Indian journal of veterinary science and animal husbandry - Volumes 26-27, 1956-1957
Year: 1956
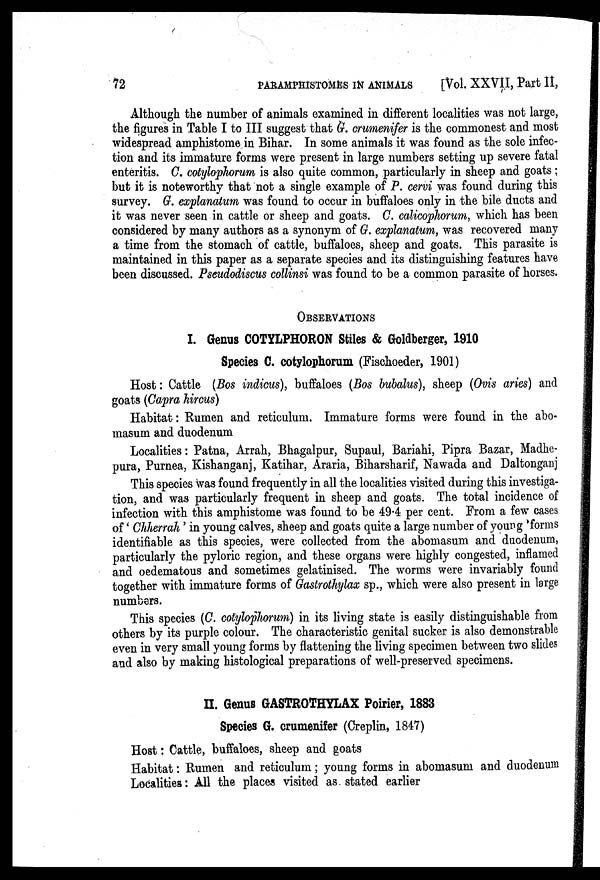
72
PARAMPHISTOMES
IN
ANIMALS
[Vol. XXVII, Part II,
Although the number of animals examined in different localities was not large,
the figures in Table I to III suggest that G. crumenifer is the commonest and most
widespread amphistome in Bihar. In some animals it was found as the sole infec-
tion and its immature forms were present in large numbers setting up severe fatal
enteritis. C. cotylophorum is also quite common, particularly in sheep and goats ;
but it is noteworthy that not a single example of P. cervi was found during this
survey. G. explanatum was found to occur in buffaloes only in the bile ducts and
it was never seen in cattle or sheep and goats.
. calicophorum, which has been
considered by many authors as a synonym of G. explanatum, was recovered many
a time from the stomach of cattle, buffaloes, sheep and goats. This parasite is
maintained in this paper as a separate species and its distinguishing features have
been discussed. Pseudodiscus collinsi was found to be a common parasite of horses.
OBSERVATIONS
I. Genus COTYLPHORON Stiles & Goldberger, 1910
Species C. cotylophorum (Fischoeder, 1901)
Host: Cattle (Bos indicus), buffaloes (Bos bubalus), sheep (Ovis aries) and
goats (Capra hircus)
Habitat: Rumen and reticulum. Immature forms were found in the abo-
masum and duodenum
Localities : Patna, Arrah, Bhagalpur, Supaul, Bariahi, Pipra Bazar, Madhe-
pura, Purnea, Kishanganj, Katihar, Araria, Biharsharif, Nawada and Daltonganj
This species was found frequently in all the localities visited during this investiga-
tion, and was particularly frequent in sheep and goats. The total incidence of
infection with this amphistome was found to be 49.4 per cent. From a few cases
of ' Chherrah' in young calves, sheep and goats quite a large number of young forms
identifiable as this species, were collected from the abomasum and duodenum,
particularly the pyloric region, and these organs were highly congested, inflamed
and oedematous and sometimes gelatinised. The worms were invariably found
together with immature forms of Gastrothylax sp., which were also present in large
numbers.
This species (C. cotylophorum) in its living state is easily distinguishable from
others by its purple colour. The characteristic genital sucker is also demonstrable
even in very small young forms by flattening the living specimen between two slides
and also by making histological preparations of well-preserved specimens.
II. GENUS GASTROTHYLAX Poirier, 1883
Species G. crumenifer (Creplin, 1847)
Host: Cattle, buffaloes, sheep and goats
Habitat: Rumen and reticulum; young forms in abomasum and duodenum
Localities: All the places visited as stated earlier